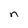
Character: n